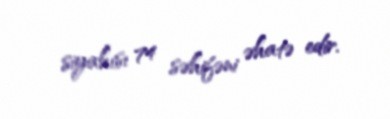
siyahısı 74 səhifəni əhatə edir.